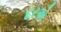
દરએ